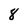
Character: 8